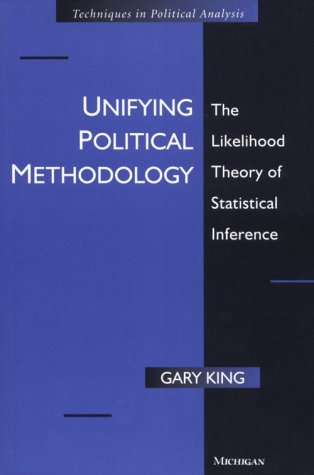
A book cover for Unifying Political Methodology: The Likelihood Theory of Statistical Inference; Gary King; Politics & Social Sciences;